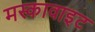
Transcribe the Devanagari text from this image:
मस्कावाइट